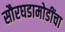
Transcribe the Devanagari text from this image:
सौरघडामोडींचा